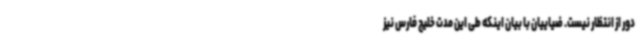
دور از انتظار نیست. ضیاییان با بیان اینکه طی این مدت خلیج فارس نیز